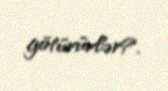
götürürlər?.